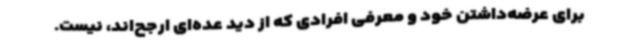
برای عرضه‌داشتن خود و معرفی افرادی که از دید عده‌ای ارجح‌اند، نیست.